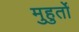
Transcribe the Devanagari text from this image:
मुहुर्तों